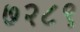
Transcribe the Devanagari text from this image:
७२८९